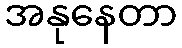
အနုနေတာ